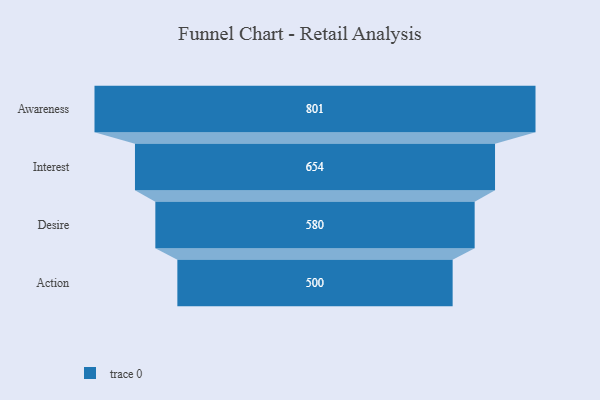
{"axis": {"x": "Stage", "y": "Value"}, "legend": [""], "data": [{"x": "Awareness", "y": 801.0, "type": ""}, {"x": "Interest", "y": 654.0, "type": ""}, {"x": "Desire", "y": 580.0, "type": ""}, {"x": "Action", "y": 500, "type": ""}]}